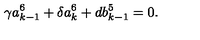
\gamma a _ { k - 1 } ^ { 6 } + \delta a _ { k } ^ { 6 } + d b _ { k - 1 } ^ { 5 } = 0 .